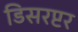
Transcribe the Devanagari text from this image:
डिसरप्टर